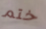
ختم